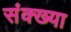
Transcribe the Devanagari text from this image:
संक्ख्या